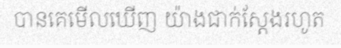
បានគេមើលឃើញ យ៉ាងជាក់ស្តែងរហូត